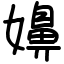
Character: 嬶